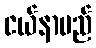
ငယ်နာမည်